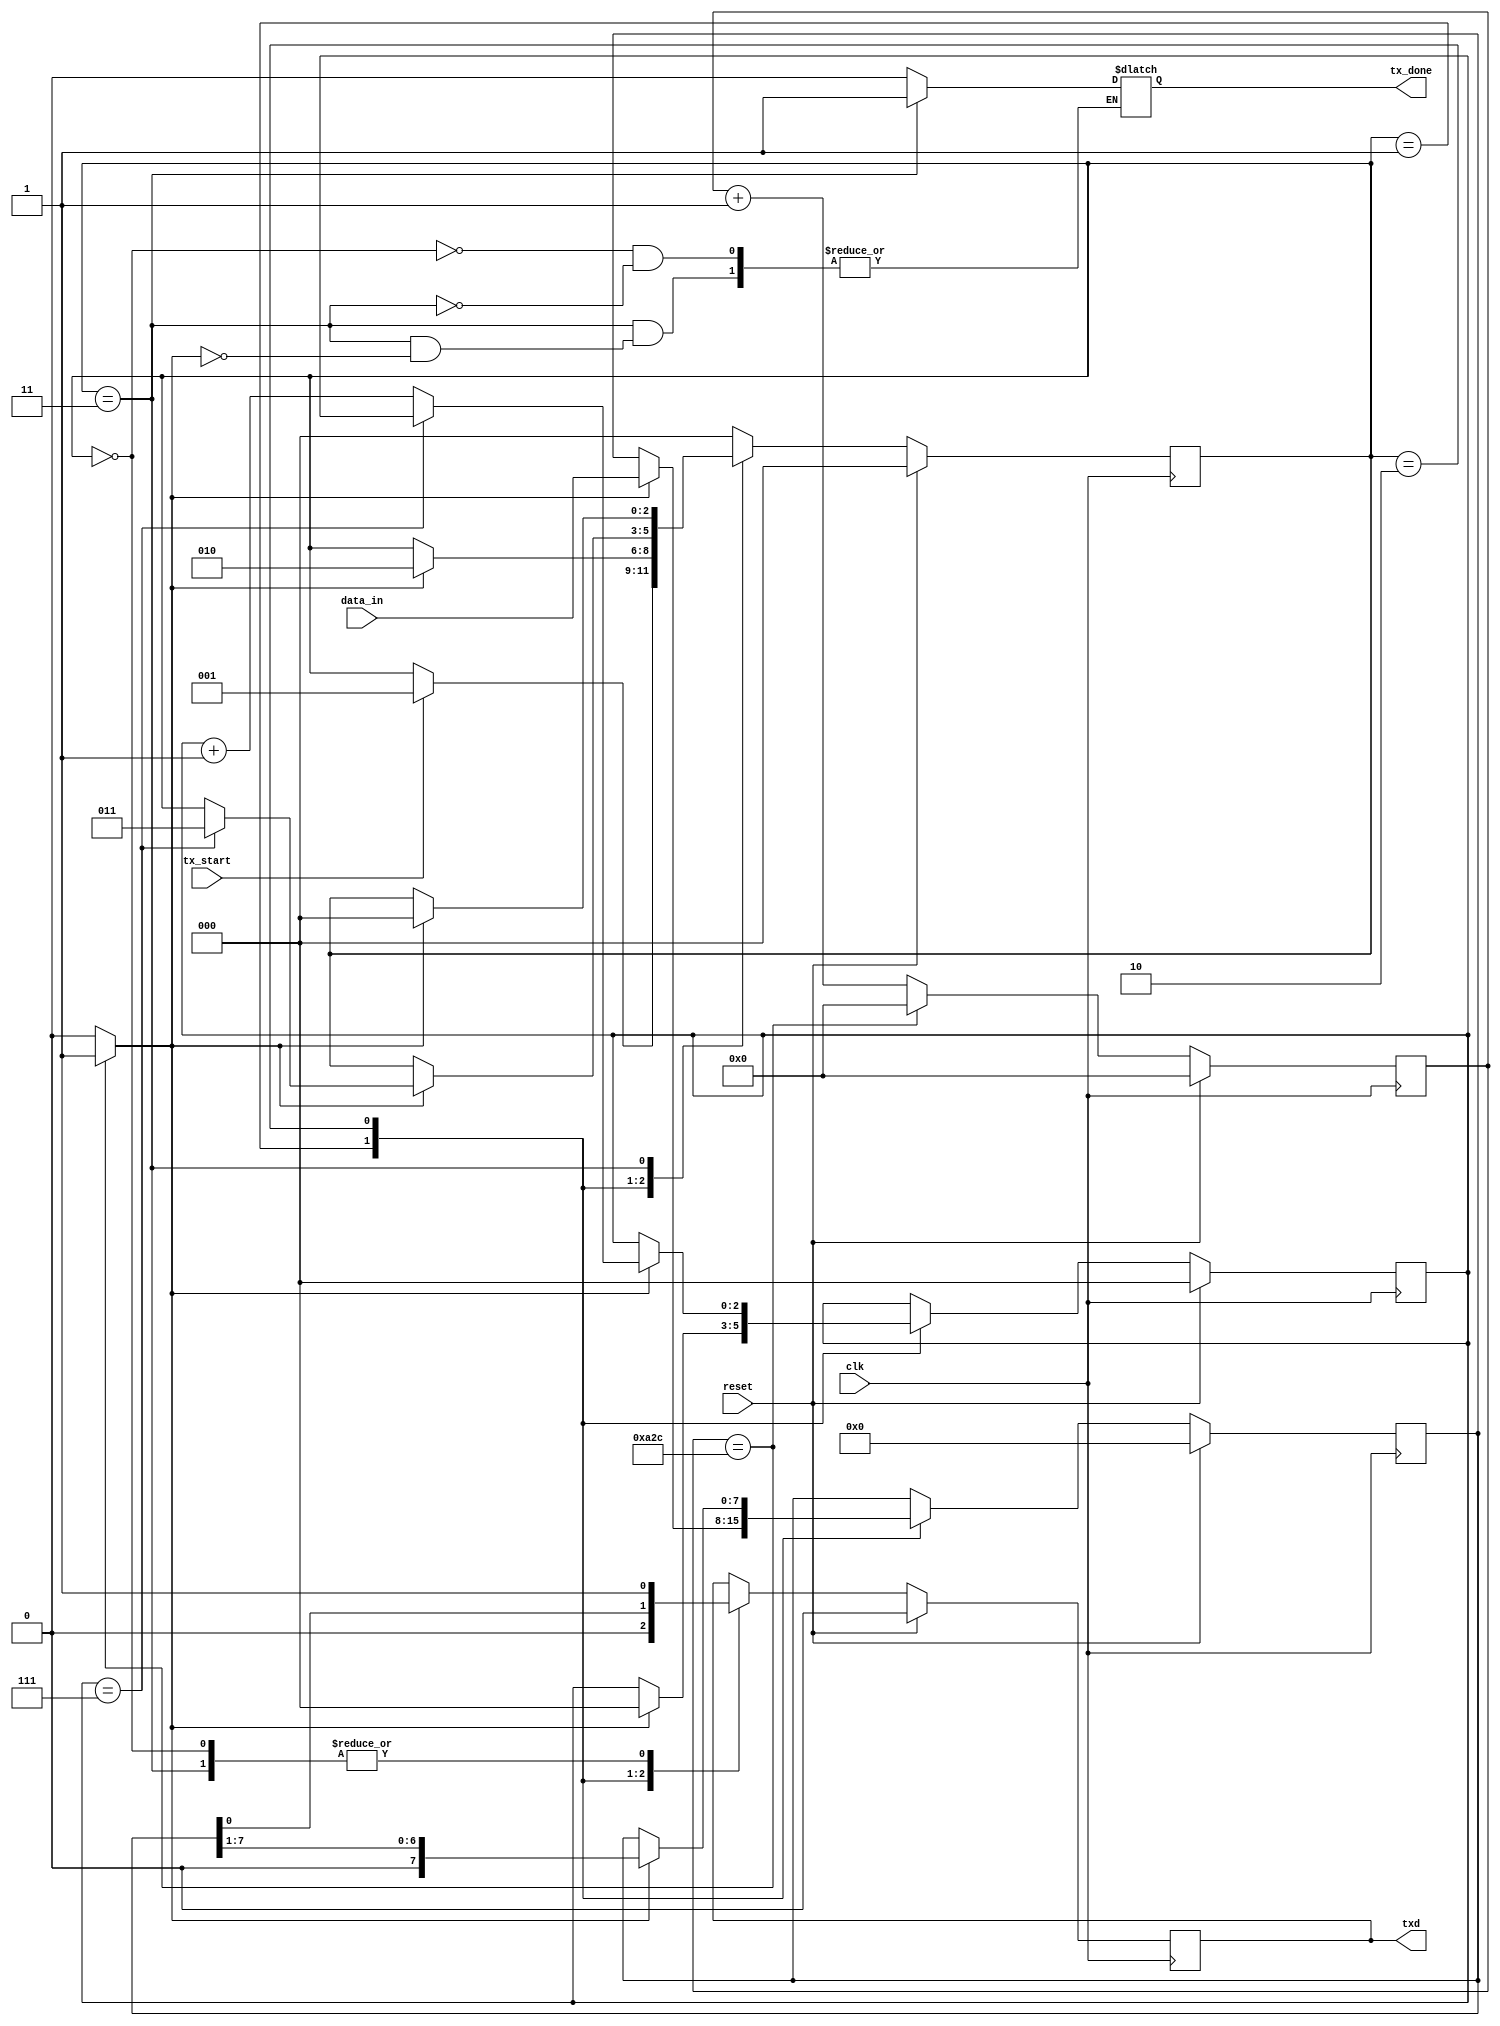
// Code your design here
`define idle 3'b000 
  `define start 3'b001 
  `define trans 3'b010 
  `define stop 3'b011 
  module uart_tx(clk,reset,tx_start,data_in,txd,tx_done);

      input clk,reset,tx_start;
      input [7:0] data_in;
      output txd, tx_done;
   
      wire clk,reset,tx_start;
      wire [7:0] data_in;
      reg tx_done;
      wire txd;
    
    reg [2:0] ps,ns;
    reg [7:0]sbuf_reg,sbuf_next;
    reg [0:2]count_reg,count_next;
    reg tx_reg,tx_next;

      wire tick;
      reg [11:0] q;
      wire [11:0] q_next;

      // memory for FSM

      always @(posedge clk)

      begin
        if(reset)
        begin
          ps = `idle;
          sbuf_reg = 0;
          count_reg = 0;
          tx_reg = 0;
        end
        
        else
        begin
          ps = ns;
          sbuf_reg = sbuf_next;
          count_reg = count_next;
          tx_reg = tx_next;
        end
        
      end

      // next state block & output block of fsm

      always @(*)
      begin
        ns = ps;
        sbuf_next = sbuf_reg;
        count_next =count_reg;
        tx_next = tx_reg;


        case(ps)
          `idle :
          begin
            $display($time,"-----idle-----");
            tx_next = 1;
            tx_done = 0;
            if(tx_start == 1)
            begin
              ns = `start;
              //sbuf_reg = data_in;
              
              $display($time,"-----idle to start-----");
            end
          end

          `start :
          begin
            tx_next = 0;
            $display($time,"-----start-----");
            if(tick)
            begin
             sbuf_next = data_in;
              count_next = 0;
              ns = `trans;
              $display($time,"-----start to trans-----");  
            end
          end
          
          `trans :
          begin
            tx_next = sbuf_reg[0];
            $display($time,"-----trans-----");
            if(tick)
            begin
              sbuf_next = sbuf_reg >> 1;
              if(count_reg == 7)
              begin
                ns= `stop;
                $display($time,"-----trans to stop-----");
              end
              else
              count_next = count_reg + 1;
            end
          end

          `stop :
          begin
            
            tx_next = 1;
            $display($time,"-----stop-----");
            if(tick)
            begin
              tx_done = 1;

              ns = `idle;
            end
          end

          default : ns = `idle;
          endcase
      end

  assign txd = tx_reg;

//baud rate gen

always @(posedge clk)
begin
  if(reset)
  q =0;
  else 
  q = q_next;
end

assign q_next = (q == 2604) ? 0: q +1;
assign tick = (q==2604) ? 1 : 0;

  endmodule